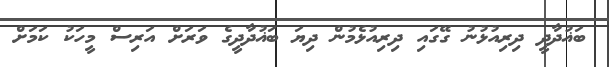
ބަޣުދާދީ ދިރިއުޅުނު ގޭގައި ދިރިއުޅެމުން ދިޔަ ބަޣުދާދީގެ ވަރަށް އަރިސް މީހަކު ކަމަށް